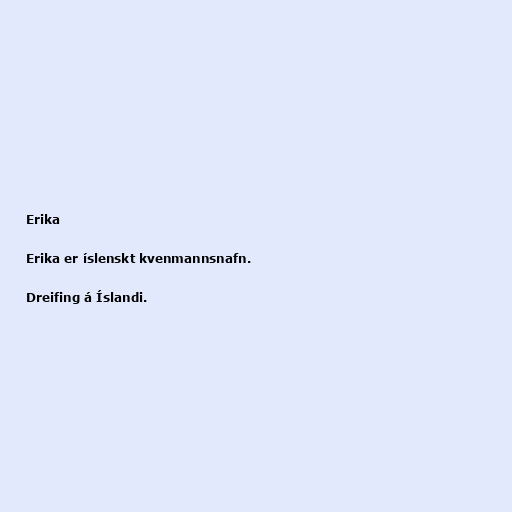
Erika

Erika er íslenskt kvenmannsnafn.

Dreifing á Íslandi.